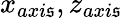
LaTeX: x_{axi\mathfrak{s}},z_{axi\mathfrak{s}}